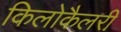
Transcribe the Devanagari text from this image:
किलोकैलरी